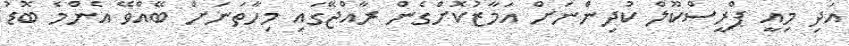
އަދި މިއީ ޕްރީސްކޫލް ކުދިންނަށް އަމާޒުކޮށްގެން ރާއްޖޭގައި މިހާތަނަށް ބޭއްވޭ އެންމެ ބޮޑު